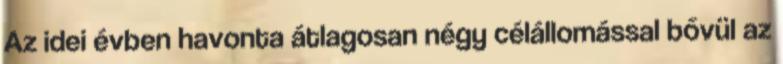
Az idei évben havonta átlagosan négy célállomással bővül az